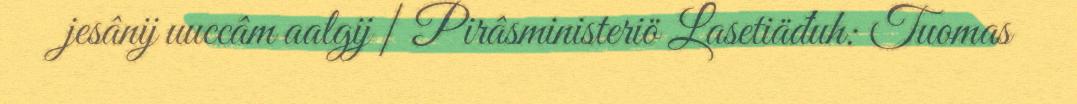
jesânij uuccâm aalgij | Pirâsministeriö Lasetiäđuh: Tuomas